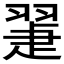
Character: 𦑯